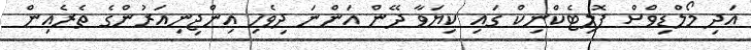
އަދި މޯލްޑިވްސް ޕޮލިޓެކްނިކް ގައި ކިޔަވާ ދޭން އަންނަ ދިވެހި އިންޖިނިއަރުންގެ ތެރެއިން